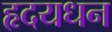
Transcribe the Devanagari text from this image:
हृदयधन